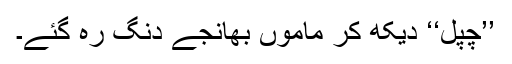
’’چپل‘‘ دیکھ کر ماموں بھانجے دنگ رہ گئے۔